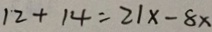
1 2 + 1 4 = 2 1 x - 8 x